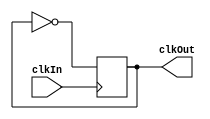
module clockDivider(
        input clkIn,
        output clkOut
    );

    reg clkOut;
    initial
    begin
        clkOut = 0;
    end

    always @(posedge clkIn) begin
        clkOut = ~clkOut;
    end

endmodule